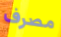
مصرف